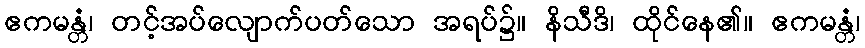
ဧကမန္တံ၊ တင့်အပ်လျောက်ပတ်သော အရပ်၌။ နိသီဒိ၊ ထိုင်နေ၏။ ဧကမန္တံ၊